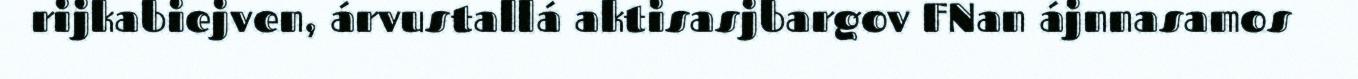
rijkabiejven, árvustallá aktisasjbargov FNan ájnnasamos